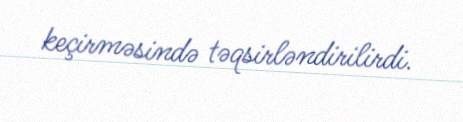
keçirməsində təqsirləndirilirdi.